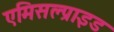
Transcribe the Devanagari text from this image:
एमिसल्प्राइड